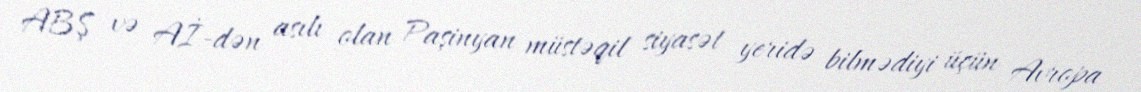
ABŞ və Aİ-dən asılı olan Paşinyan müstəqil siyasət yeridə bilmədiyi üçün Avropa